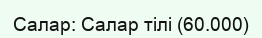
Салар: Салар тілі (60.000)